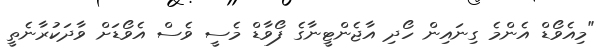
"މިއެވޯޑް އެންމެ ގިނައިން ހޯދި އާޖެންޓީނާގެ ފޯވާޑް މެސީ ވެސް އެވޯޑަށް ވާދަކުރާނެތީ